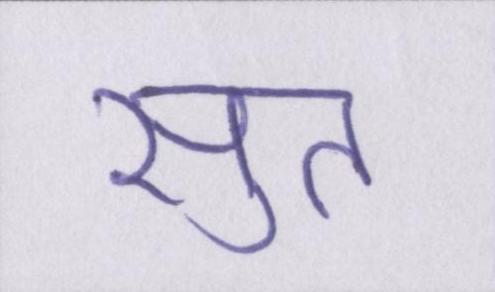
सुत